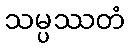
သမ္ပဿတံ